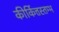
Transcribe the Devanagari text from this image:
कीर्कित्तस्तम्भ